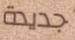
جديدة